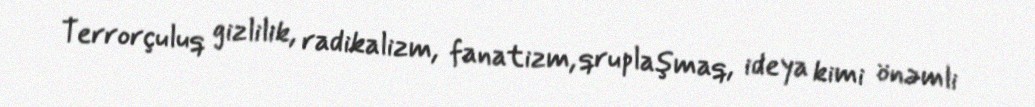
Terrorçuluq gizlilik, radikalizm, fanatizm, qruplaşmaq, ideya kimi önəmli